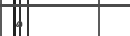
٤